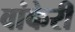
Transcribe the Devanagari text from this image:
वांकेरी